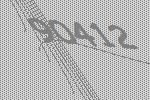
90412